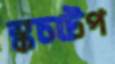
স্কচটেপ